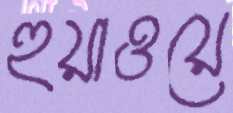
হুয়াওয়ে